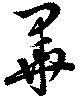
畢